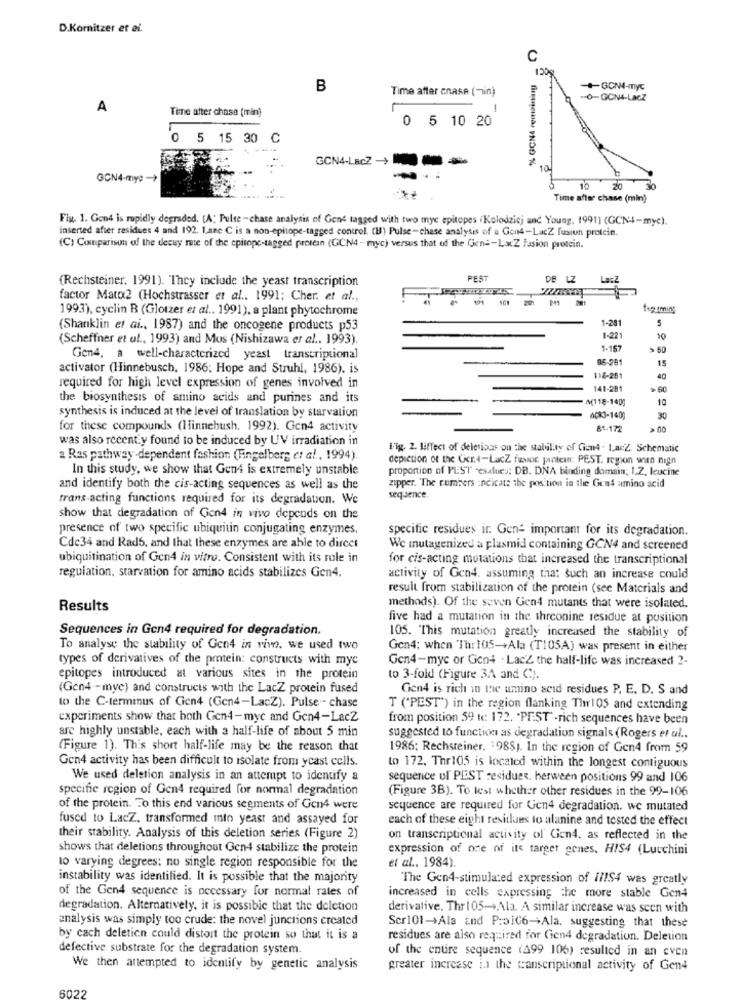
D.Kornitzer et ei.
C
CCI
% GCNA remaining
B
Time after cnase (min)
-+GCN4-myc
0-GON4-LacZ
A
Time after chase (min)
1
0 5 10 20
5 15 30 C
GCN4-LECZ ----
10
GCN4-my: -
10
20
Time after chase (min)
Fix, 1. Gen4 is rapidly degraded. [A; Pulse -chase analysis of Gens tagged with two mye epitopes Kolodziej and Young, 1991) (GCN4-myc).
inserted after residues 4 and 192. Lane C is a non-epitope-tagged control. (B) Pulse-chase analysis of a Gon4-LucZ fusion protein.
(C) Comparison of the decay rate of the cpitope-tagged protein (GCN4 - myc) versus that of the Gene-LacZ Fasion protein.
(Rechsteiner. 1991). They include the yeast transcription
PEST
DE LZ
LacZ
factor Mato2 (Hochstrasser et al .. 1991; Cher. et al .,
1993), cyclin B (Glotzer et al .. 1991), a plant phytochrome
117 mming
1-281
5
(Shanklin et ai ., 1987) and the oncogene products p53
(Scheffner et al ., 1993) and Mus (Nishizawa er al .. 1993).
1-221
1-157
> 60
Gen4, a well-characterized yeast transcriptional
95-281
15
activator (Hinnebusch, 1986; Hope and Struhl, 1986). is
118-201
40
required for high level expression of genes involved in
141-281
the biosynthesis of amino acids and purines and its
M118-140;
10
synthesis is induced at the level of translation by starvation
0(83-140)
for these compounds (Hinnehush. 1992). Gen4 activity
81-172
was also recently found to be induced by UV irradiation in
Fig. 2. liffect of deletions on the stability of Cion4 - LacZ. Schematic
a Ras pathway-dependent fashion (Fingelberg et al ., 1994)
depiction of the Uer.4-LacZ fissoc protein: PEST. region win nign
In this study, we show that Gen4 is extremely unstable
proportion of PLS'T -esatues: DB. DNA binding domain; I.Z. leucine
zipper. The cumbers :neicats the position in the Gun4 amino acid
and identify both the cis-acting sequences as well as the
frans-acting functions required for its degradation. We
sequence
show that degradation of Con4 in vivo depends on the
presence of two specific ubiquitin conjugating enzymes,
specific residues ir. Gen- important for its degradation.
Cdc34 and Rad5, and that these enzymes are able to direct
We mutagenized a plasmid containing GCN4 and screened
ubiquitination of Gen4 in vitro. Consistent with its role in
for cis-acting mutations that increased the transcriptional
regulation, starvation for amino acids stabilizes Gen4.
activity of Gen4. assuming that such an increase could
result from stabilization of the protein (see Materials and
Results
methods). Of the seven Gen4 mutants that were isolated.
five had a mutation in the threonine residue at position
Sequences in Gen4 required for degradation.
105. "This mutation greatly increased the stability of
To analyse the stability of Gen4 in vivo. we used two
Gen4; when Thr105-+Ala (T105A) was present in either
types of derivatives of the protein: constructs with mye
Gen4-myc or Gon4 . Lac'Z the half-life was increased 2-
epitopes introduced at various sites in the protein
to 3-fold (Figure 3A and C).
(Gen4 -mye) and constructs with the LacZ protein fused
Gen4 is rich in the amino acid residues P. E. D. S and
to the C-terminus of Gien4 (Gen4-LacZ). Pulse - chase
T ('PEST") in the region flanking The105 and extending
experiments show that both Gen4-myc and Gen4-Lacz
from position 59 tc 172. "PEST" -rich sequences have been
are highly unstable, each with a half-life of about 5 min
suggested to function as degradation signals (Rogers er ul ..
(Figure 1). This short half-life may be the reason that
1986: Rechsteiner. 1988). In the region of Gen4 from 59
Gen4 activity has been difficult to isolate from ycast cells.
to 172. Thr105 is located within the longest contiguous
We used deletion analysis in an attempt to identify a
sequence ul PEST residues. herween positions 99 and 106
specific region of Gen4 required for normal degradation
(Figure 3B). To test whether other residues in the 99-106
of the protein. To this end various segments of Gen4 were
sequence are required for Gen4 degradation. we mutated
fused to LacZ, transformed into yeast and assayed for
each of these eight resitlues to alanine and tested the effect
their stability. Analysis of this deletion series (Figure 2)
on transcriptional activity of Gen4. as reflected in the
shows that deletions throughout Gen4 stabilize the protein
expression of one of its target genes, HIS4 (Lucchini
to varying degrees: no single region responsible for the
et al ., 1984).
instability was identified. It is possible that the majority
The Gen4-stimulated expression of W/IS4 was greatly
of the Gen4 sequence is necessary for normal rates of
increased in cells expressing the more stable Gen4
degradation. Alternatively, it is possible that the deletion
derivative, Thr 105->Ala. A similar increase was seen with
analysis was simply too crude: the novel junctions created
Ser101->Ala and P:ojC6-+Ala. suggesting that these
by cach deletion could distort the protein so that it is a
residues are also required for Gen4 degradation. Deletion
defective substrate for the degradation system.
of the entire sequence (499 106) resulted in an even
We then attempted to identify by genetic analysis
greater increase in the canscriptional activity of Gen4
6022